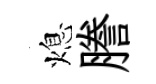
熄謄